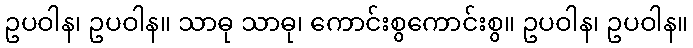
ဥပဝါန၊ ဥပဝါန။ သာဓု သာဓု၊ ကောင်းစွကောင်းစွ။ ဥပဝါန၊ ဥပဝါန။